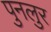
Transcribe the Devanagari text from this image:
पुनलुर